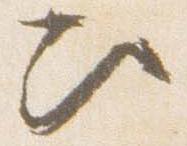
次